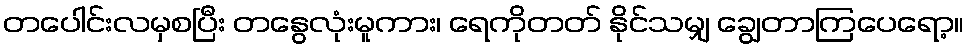
တပေါင်းလမှစပြီး တနွေလုံးမူကား၊ ရေကိုတတ် နိုင်သမျှ ချွေတာကြပေရော့။